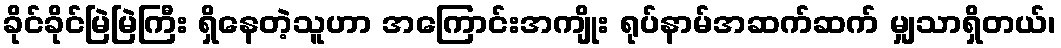
ခိုင်ခိုင်မြဲမြဲကြီး ရှိနေတဲ့သူဟာ အကြောင်းအကျိုး ရုပ်နာမ်အဆက်ဆက် မျှသာရှိတယ်၊